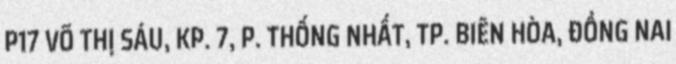
P17 VÕ THỊ SÁU, KP. 7, P. THỐNG NHẤT, TP. BIÊN HÒA, ĐỒNG NAI